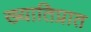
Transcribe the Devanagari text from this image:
ख्यातिप्रात